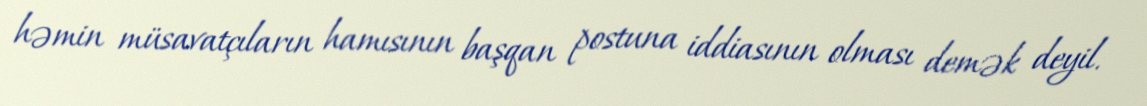
həmin müsavatçıların hamısının başqan postuna iddiasının olması demək deyil.